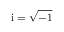
\mathrm { i } = \sqrt { - 1 }